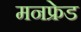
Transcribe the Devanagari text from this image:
मनफ्रेड